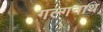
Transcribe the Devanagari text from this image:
गल्गनाथ